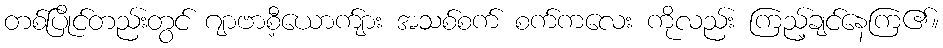
တစ်ပြိုင်တည်းတွင် ဂျာဗာစီ့ယောက်ျား အသစ်စက် စက်ကလေး ကိုလည်း ကြည့်ချင်နေကြ၏။